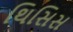
થિસિસ